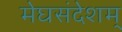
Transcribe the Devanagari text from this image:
मेघसंदेशम्